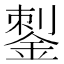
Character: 𰼶